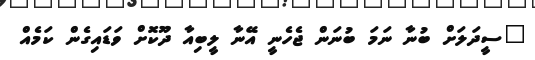
"ސީދަލަށް ބުނާ ނަމަ ބުނަން ޖެހެނީ އޭނާ ލީބިއާ ދޫކޮށް ވަޑައިގެން ކަމެއް